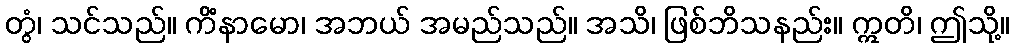
တွံ၊ သင်သည်။ ကိံနာမော၊ အဘယ် အမည်သည်။ အသိ၊ ဖြစ်ဘိသနည်း။ ဣတိ၊ ဤသို့။